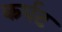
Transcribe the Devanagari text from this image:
कर्पट